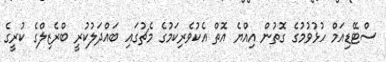
ސްޓޭޑިއަމް ހުޅުވުމުގެ ގޮތުން އިއްޔެ އޮތް އެކުވެރިކަމުގެ މެޗުގައި ބައްދަލުކުރީ ބްރެޒިލްގެ ކުރީގެ